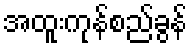
အထူးကုန်စည်ခွန်